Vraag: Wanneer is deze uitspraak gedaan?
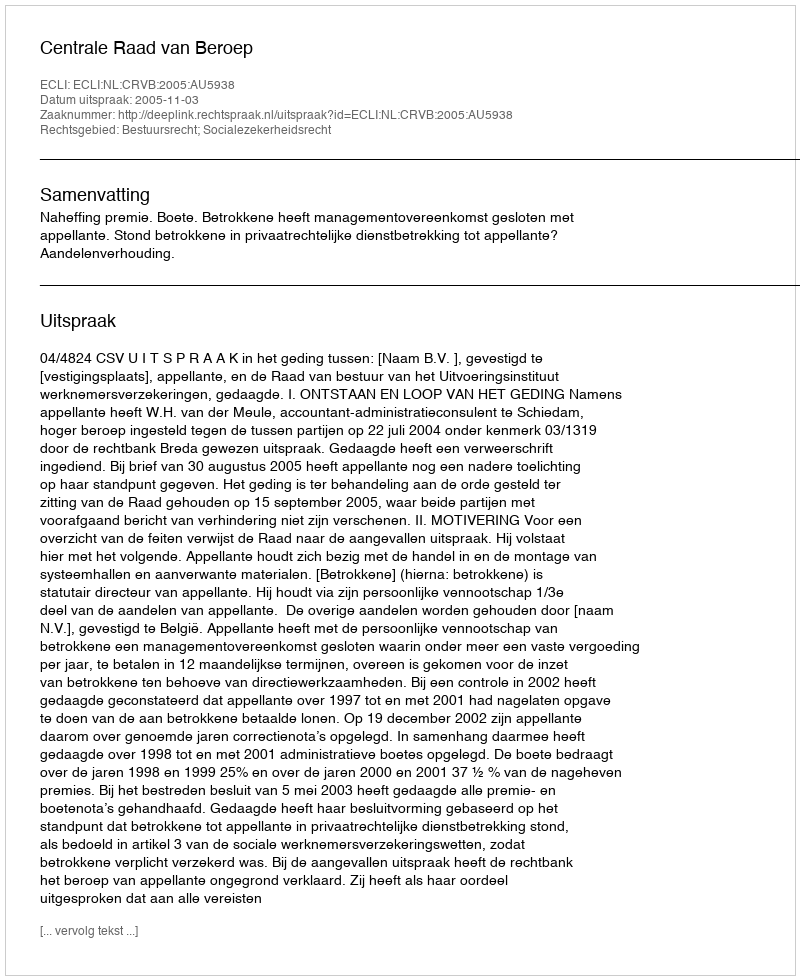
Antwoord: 2005-11-03